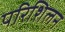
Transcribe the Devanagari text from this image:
परिशिलन